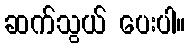
ဆက်သွယ် ပေးပါ။